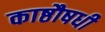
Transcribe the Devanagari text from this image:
काष्ठौषधी